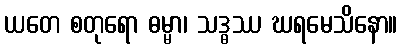
ယတေ စတုရော ဓမ္မာ၊ သဒ္ဓဿ ဃရမေသိနော။